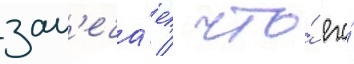
зам'еча́ет / что́ его́